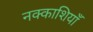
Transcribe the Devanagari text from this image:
नक्काशियाँ